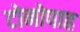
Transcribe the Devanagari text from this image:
टोनोपाह